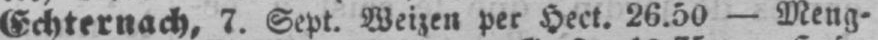
Echternach, 7. Sept. Weizen per Hect. 26.50 - Meng⸗